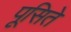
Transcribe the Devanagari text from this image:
पूसिते